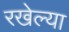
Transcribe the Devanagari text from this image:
रखेल्या